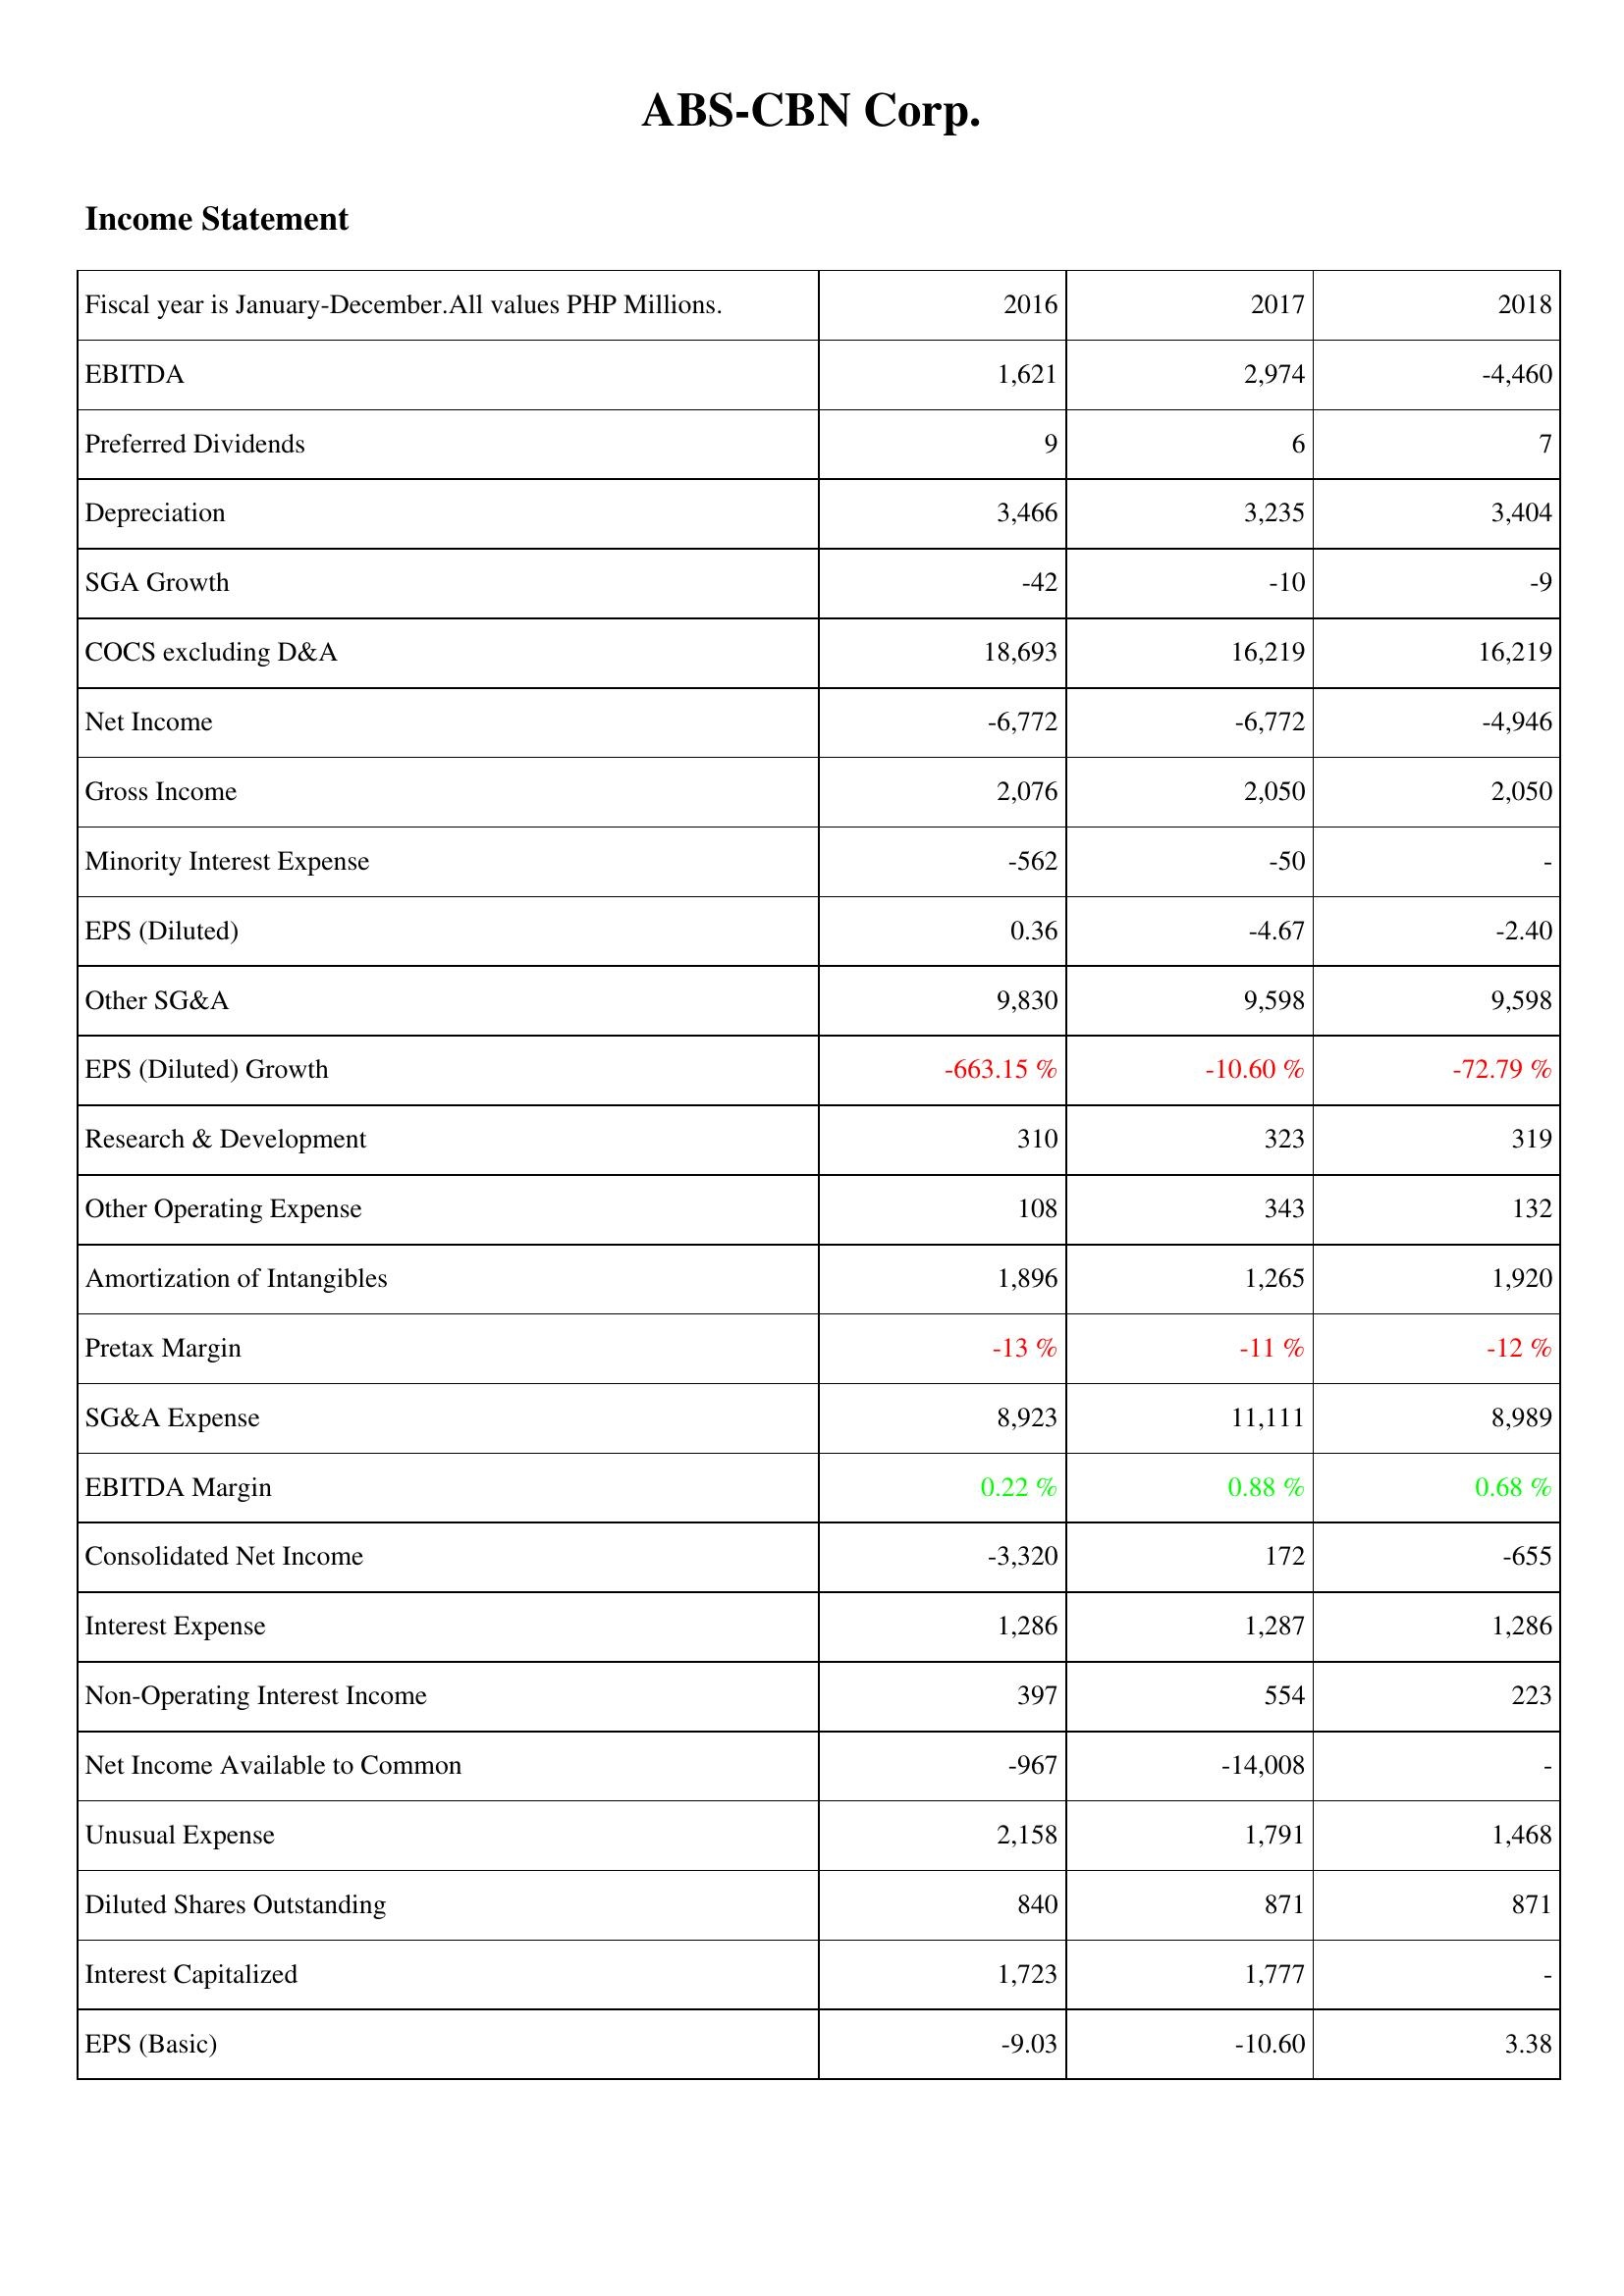
2016: Income Statement: EBITDA: 1,621
Preferred Dividends: 9
Depreciation: 3,466
SGA Growth: -42
COCS excluding D&A: 18,693
Net Income: -6,772
Gross Income: 2,076
Minority Interest Expense: -562
EPS (Diluted): 0.36
Other SG&A: 9,830
EPS (Diluted) Growth: -663.15 %
Research & Development: 310
Other Operating Expense: 108
Amortization of Intangibles: 1,896
Pretax Margin: -13 %
SG&A Expense: 8,923
EBITDA Margin: 0.22 %
Consolidated Net Income: -3,320
Interest Expense: 1,286
Non-Operating Interest Income: 397
Net Income Available to Common: -967
Unusual Expense: 2,158
Diluted Shares Outstanding: 840
Interest Capitalized: 1,723
EPS (Basic): -9.03
2017: Income Statement: EBITDA: 2,974
Preferred Dividends: 6
Depreciation: 3,235
SGA Growth: -10
COCS excluding D&A: 16,219
Net Income: -6,772
Gross Income: 2,050
Minority Interest Expense: -50
EPS (Diluted): -4.67
Other SG&A: 9,598
EPS (Diluted) Growth: -10.60 %
Research & Development: 323
Other Operating Expense: 343
Amortization of Intangibles: 1,265
Pretax Margin: -11 %
SG&A Expense: 11,111
EBITDA Margin: 0.88 %
Consolidated Net Income: 172
Interest Expense: 1,287
Non-Operating Interest Income: 554
Net Income Available to Common: -14,008
Unusual Expense: 1,791
Diluted Shares Outstanding: 871
Interest Capitalized: 1,777
EPS (Basic): -10.60
2018: Income Statement: EBITDA: -4,460
Preferred Dividends: 7
Depreciation: 3,404
SGA Growth: -9
COCS excluding D&A: 16,219
Net Income: -4,946
Gross Income: 2,050
Minority Interest Expense: -
EPS (Diluted): -2.40
Other SG&A: 9,598
EPS (Diluted) Growth: -72.79 %
Research & Development: 319
Other Operating Expense: 132
Amortization of Intangibles: 1,920
Pretax Margin: -12 %
SG&A Expense: 8,989
EBITDA Margin: 0.68 %
Consolidated Net Income: -655
Interest Expense: 1,286
Non-Operating Interest Income: 223
Net Income Available to Common: -
Unusual Expense: 1,468
Diluted Shares Outstanding: 871
Interest Capitalized: -
EPS (Basic): 3.38